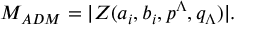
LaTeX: M _ { A D M } = | Z ( a _ { i } , b _ { i } , p ^ { \Lambda } , q _ { \Lambda } ) | .